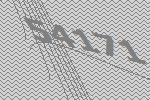
54171